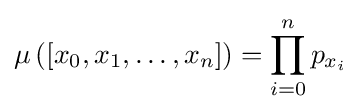
\mu \left([x_{0},x_{1},\ldots ,x_{n}]\right)=\prod _{i=0}^{n}p_{x_{i}}